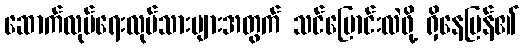
ဆောက်လုပ်ရေးလုပ်သားများအတွက် သင်ပြောင်းလဲဖို့ ရှိနေပြန်၏